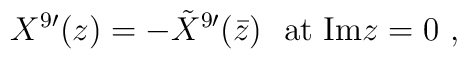
X^{9\prime}(z) = -{\tilde X}^{9\prime}(\bar z) \ \ {\rm at\   Im}z=0 \ ,